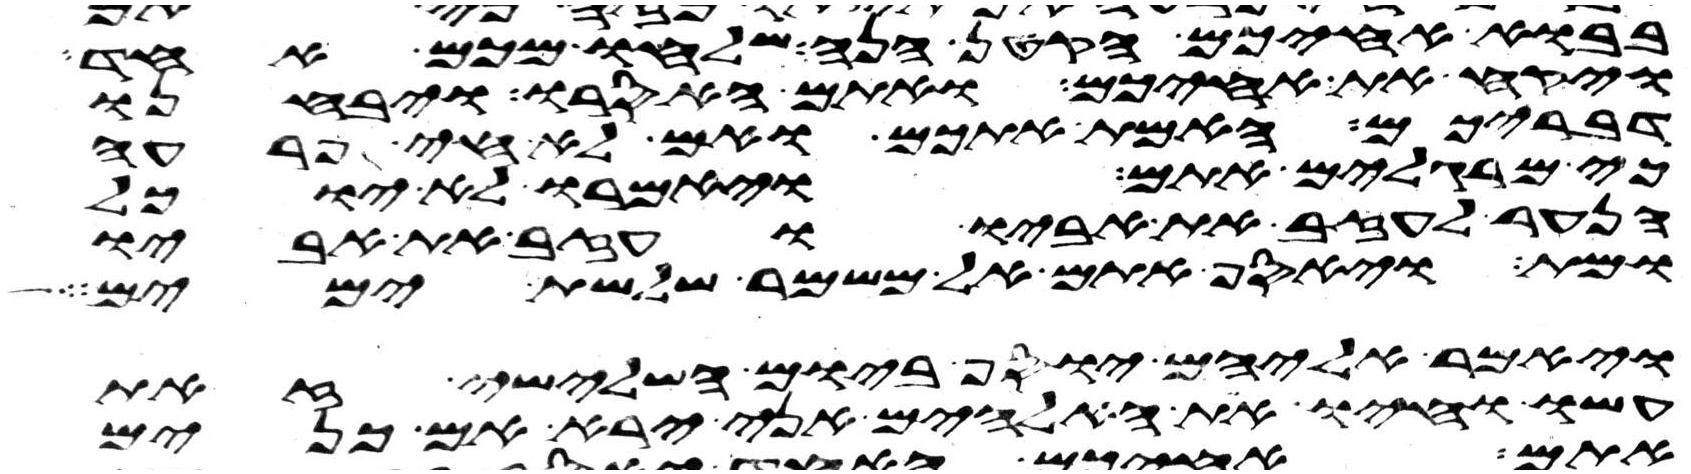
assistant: בבוא אחיכם הקטן הנה שלחו מכם אחד
ויקח את אחיכם ואתם האסרו ויבחנו
דבריכם האמת אתכם ואם לא חי פרעה
כי מרגלים אתם ויאמרו לא יוכל
הנער לעזב את אביו ועזב את אביו
ומת ויאסף אתם אל משמר שלשת ימים
ויאמר אליהם יוסף ביום השלישי זאת
עשו וחיו את האלהים אני ירא אם כנים